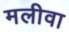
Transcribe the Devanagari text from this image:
मलीवा